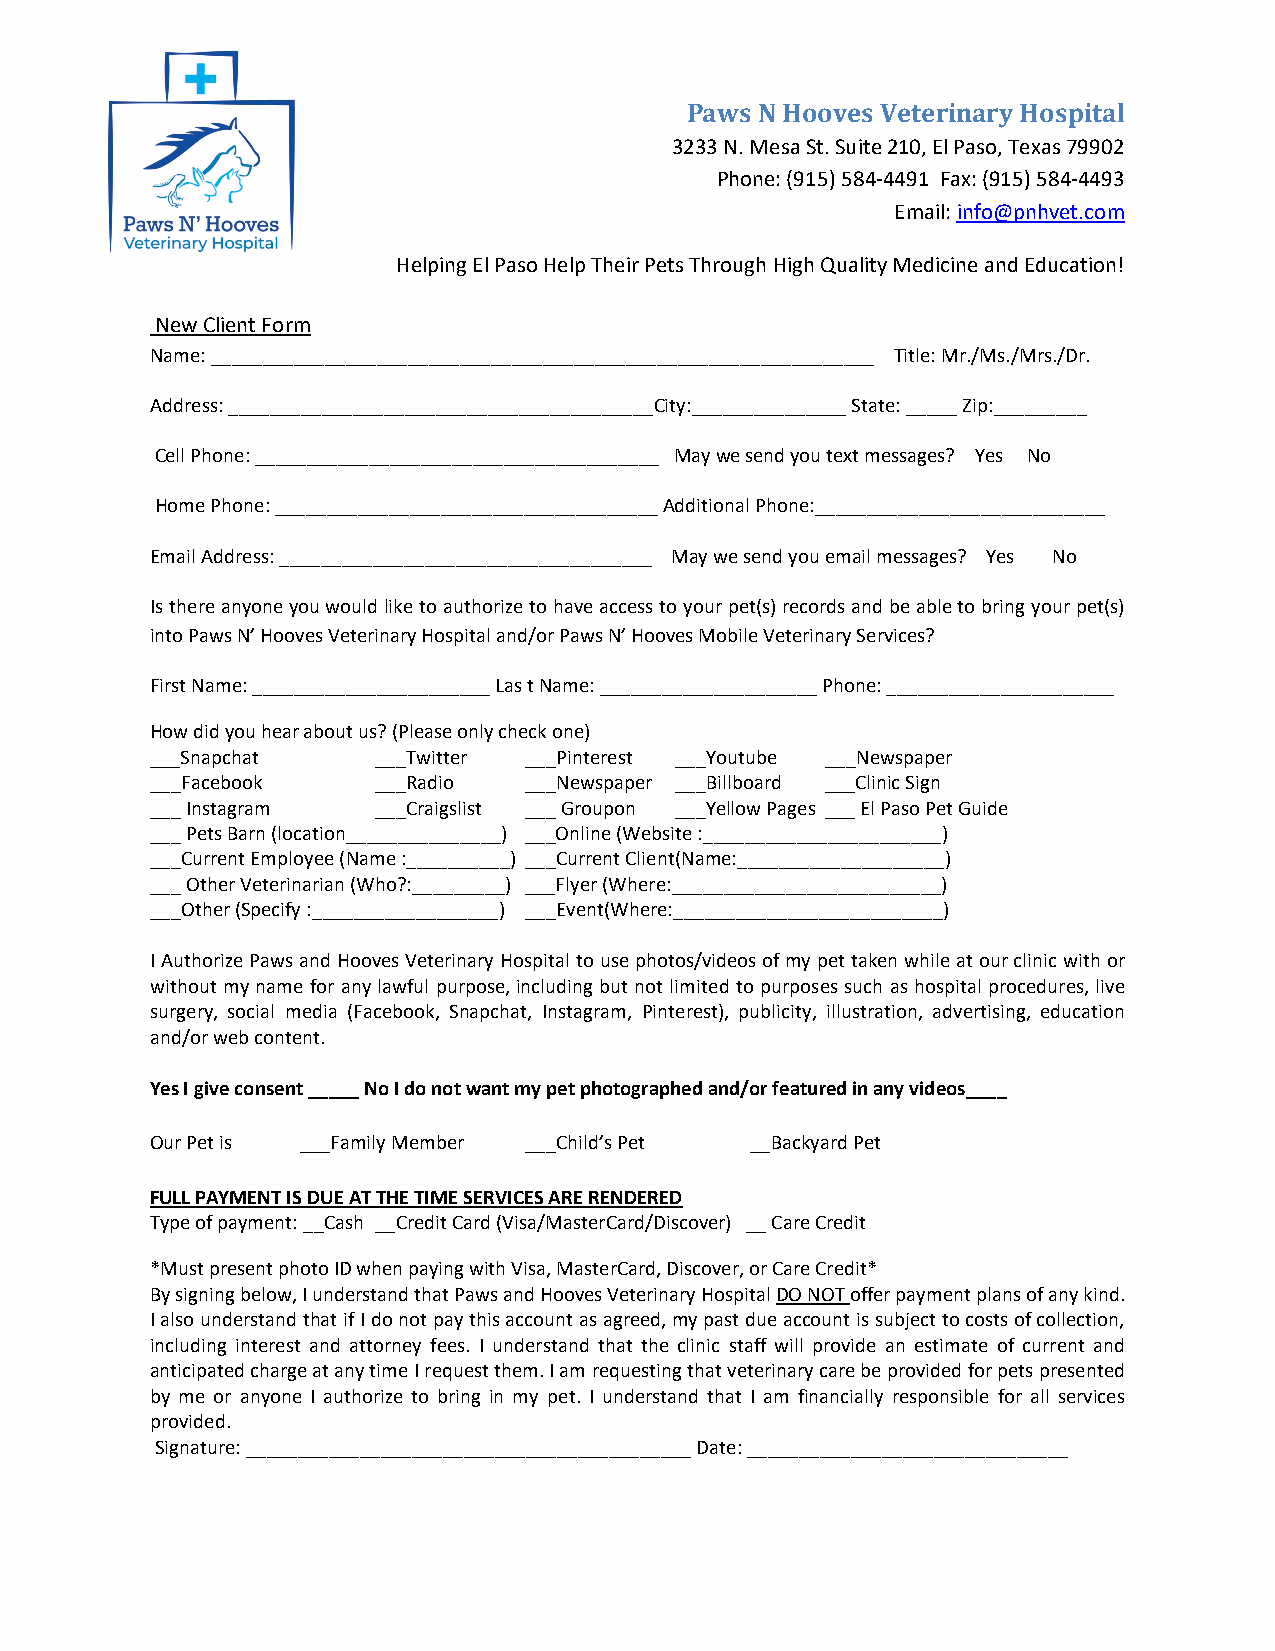
Paws N Hooves Veterinary Hospital
 3233 N. Mesa St. Suite 210, El Paso, Texas 79902
 Phone: (915) 584-4491 Fax: (915) 584-4493
 Email: info@pnhvet.com
 Helping El Paso Help Their Pets Through High Quality Medicine and Education!
 New Client Form
 Name: ________________________________________________________________ Title: Mr./Ms./Mrs./Dr.
 Address: _________________________________________City:_______________ State: _____ Zip:_________
 Cell Phone: _______________________________________ May we send you text messages? Yes No
 Home Phone: _____________________________________ Additional Phone:____________________________
 Email Address: ____________________________________ May we send you email messages? Yes No
 Is there anyone you would like to authorize to have access to your pet(s) records and be able to bring your pet(s)
 into Paws N’ Hooves Veterinary Hospital and/or Paws N’ Hooves Mobile Veterinary Services?
 First Name: _______________________ Las t Name: _____________________ Phone: ______________________
 How did you hear about us? (Please only check one)
 ___Snapchat    ___Twitter ___Pinterest ___Youtube ___Newspaper
 ___Facebook    ___Radio  ___Newspaper ___Billboard ___Clinic Sign
 ___ Instagram  ___Craigslist ___ Groupon ___Yellow Pages ___ El Paso Pet Guide
 ___ Pets Barn (location_______________) ___Online (Website :_______________________)
 ___Current Employee (Name :__________) ___Current Client(Name:____________________)
 ___ Other Veterinarian (Who?:_________) ___Flyer (Where:__________________________)
 ___Other (Specify :__________________) ___Event(Where:__________________________)
 I Authorize Paws and Hooves Veterinary Hospital to use photos/videos of my pet taken while at our clinic with or
 without my name for any lawful purpose, including but not limited to purposes such as hospital procedures, live
 surgery, social media (Facebook, Snapchat, Instagram, Pinterest), publicity, illustration, advertising, education
 and/or web content.
 Yes I give consent _____ No I do not want my pet photographed and/or featured in any videos____
 Our Pet is ___Family Member ___Child’s Pet __Backyard Pet
 FULL PAYMENT IS DUE AT THE TIME SERVICES ARE RENDERED
 Type of payment: __Cash __Credit Card (Visa/MasterCard/Discover) __ Care Credit
 *Must present photo ID when paying with Visa, MasterCard, Discover, or Care Credit*
 By signing below, I understand that Paws and Hooves Veterinary Hospital DO NOT offer payment plans of any kind.
 I also understand that if I do not pay this account as agreed, my past due account is subject to costs of collection,
 including interest and attorney fees. I understand that the clinic staff will provide an estimate of current and
 anticipated charge at any time I request them. I am requesting that veterinary care be provided for pets presented
 by me or anyone I authorize to bring in my pet. I understand that I am financially responsible for all services
 provided.
 Signature: ___________________________________________ Date: _______________________________